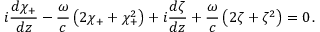
i \frac { d \chi _ { + } } { d z } - \frac { \omega } { c } \left( 2 \chi _ { + } + \chi _ { + } ^ { 2 } \right) + i \frac { d \zeta } { d z } + \frac { \omega } { c } \left( 2 \zeta + \zeta ^ { 2 } \right) = 0 \, .